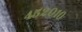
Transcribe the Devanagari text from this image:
४५२०१०